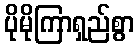
ပိုမိုကြာရှည်စွာ